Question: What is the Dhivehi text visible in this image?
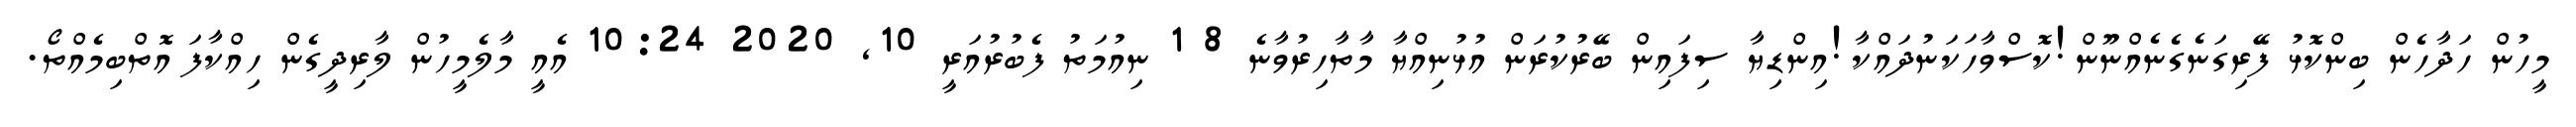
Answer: މީހުން ހަދާހެން ބިންކޮޅު ފޭރިގަނެގެނެއްނޫން!ކޮސްވާހަކަނުދައްކާ!އިންޑިޔާ ސިފައިން ބޭރުކުރަން އުޅުނިއްޔާ މާތާހިރުވާނެ 8 1 ނިއުމަތު ފެބުރުއަރީ 10, 2020 10:24 އެއީ މާލެމީހުން ލާރިދީގެން ހިއްކާފަ އޮތްބިމެއްތޯ.